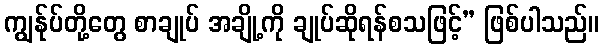
ကျွန်ုပ်တို့တွေ စာချုပ် အချို့ကို ချုပ်ဆိုရန်စသဖြင့်” ဖြစ်ပါသည်။